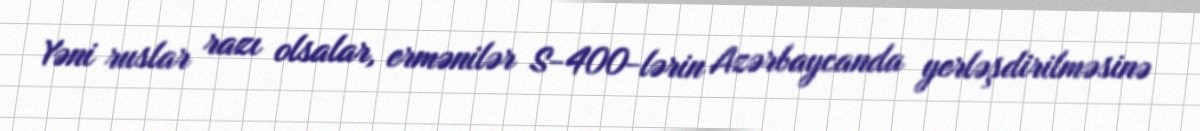
Yəni ruslar razı olsalar, ermənilər S-400-lərin Azərbaycanda yerləşdirilməsinə